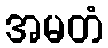
အမတံ